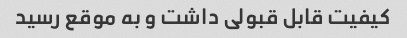
کیفیت قابل قبولی داشت و به موقع رسید